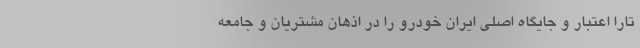
تارا اعتبار و جایگاه اصلی ایران خودرو را در اذهان مشتریان و جامعه